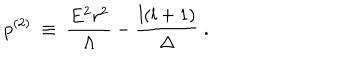
LaTeX: p ^ { ( 2 ) } ~ \equiv ~ \frac { E ^ { 2 } r ^ { 2 } } { \Lambda } - \frac { l ( l + 1 ) } { \Delta } ~ .